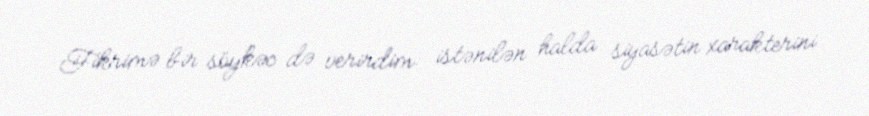
Fikrimə bir söykəc də verirdim: istənilən halda siyasətin xarakterini